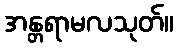
အန္တရာမလသုတ်။